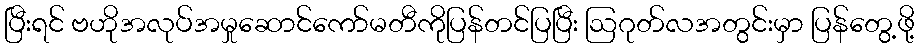
ပြီးရင် ဗဟိုအလုပ်အမှုဆောင်ကော်မတီကိုပြန်တင်ပြပြီး ဩဂုတ်လအတွင်းမှာ ပြန်တွေ့ဖို့